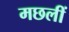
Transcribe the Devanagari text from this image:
मछलीं